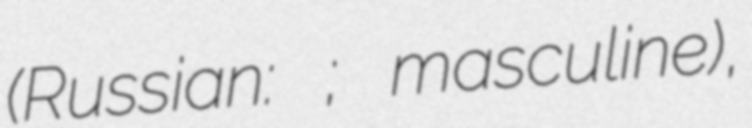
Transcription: (Russian: Озёрский; masculine),